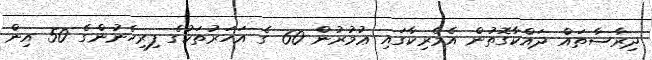
ދިރާސާތައް ދައްކާގޮތުން އެމެރިކާގައި ޢުމުރުން 60 ގެ އަހަރުތަކުގެ ފިރިހެނުންގެ 50 އިން